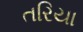
તરિયા